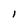
Character: l